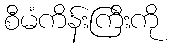
စီမံကိန်းကြီးကို